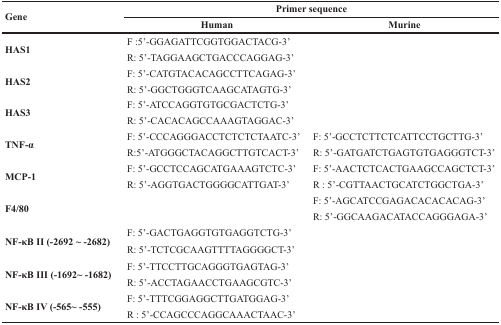
| Gene | <COLSPAN=2> Primer sequence |
 |  | Human | Murine |
 | --- | --- | --- |
 | HAS1 | F :5’-GGAGATTCGGTGGACTACG-3’ |  |
 |  | R: 5’-TAGGAAGCTGACCCAGGAG-3’ |  |
 | HAS2 | F: 5’-CATGTACACAGCCTTCAGAG-3’ |  |
 |  | R: 5’-GGCTGGGTCAAGCATAGTG-3’ |  |
 | HAS3 | F: 5’-ATCCAGGTGTGCGACTCTG-3’ |  |
 |  | R: 5’-CACACAGCCAAAGTAGGAC-3’ |  |
 | TNF-α | F: 5’-CCCAGGGACCTCTCTCTAATC-3’ | F: 5’-GCCTCTTCTCATTCCTGCTTG-3’ |
 |  | R:5’-ATGGGCTACAGGCTTGTCACT-3’ | R: 5’-GATGATCTGAGTGTGAGGGTCT-3’ |
 | MCP-1 | F: 5’-GCCTCCAGCATGAAAGTCTC-3’ | F: 5’-AACTCTCACTGAAGCCAGCTCT-3’ |
 |  | R: 5’-AGGTGACTGGGGCATTGAT-3’ | R : 5’-CGTTAACTGCATCTGGCTGA-3’ |
 | <ROWSPAN=2> F4/80 |  | F: 5’-AGCATCCGAGACACACACAG-3’ |
 |  | R: 5’-GGCAAGACATACCAGGGAGA-3’ |
 | NF-κB II (-2692 ~ -2682) | F: 5’-GACTGAGGTGTGAGGTCTG-3’ |  |
 |  | R: 5’-TCTCGCAAGTTTTAGGGGCT-3’ |  |
 | NF-κB III (-1692~ -1682) | F: 5’-TTCCTTGCAGGGTGAGTAG-3’ |  |
 |  | R: 5’-ACCTAGAACCTGAAGCGTC-3’ |  |
 | NF-κB IV (-565~ -555) | F: 5’-TTTCGGAGGCTTGATGGAG-3’ |  |
 |  | R : 5’-CCAGCCCAGGCAAACTAAC-3’ |  |